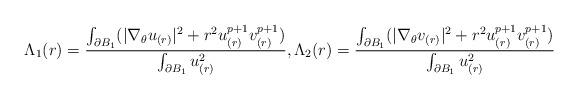
LaTeX: \begin{align*}\Lambda_1(r)=\frac{\int_{\partial B_1} (|\nabla_\theta u_{(r)}|^2+r^2 u_{(r)}^{p+1}v_{(r)}^{p+1})}{\int_{\partial B_1} u_{(r)}^2},\Lambda_2(r)=\frac{\int_{\partial B_1} (|\nabla_\theta v_{(r)}|^2+r^2 u_{(r)}^{p+1}v_{(r)}^{p+1})}{\int_{\partial B_1} u_{(r)}^2}\end{align*}